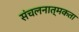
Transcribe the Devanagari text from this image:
संचलनात्मकता